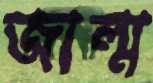
জাল্ম